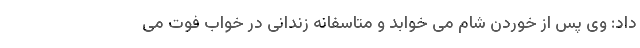
داد: وی پس از خوردن شام می خوابد و متاسفانه زندانی در خواب فوت می